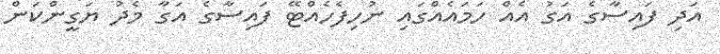
އަދި ފައިސާގެ އަގު އެއް ހަމައެއްގައި ނުހިފެހެއްޓޭ ފައިސާގެ އަގާ މެދު ޔަގީންކަން